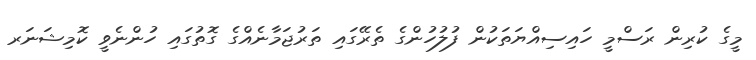
މީގެ ކުރިން ރަސްމީ ހައިސިއްޔަތަކުން ފުލުހުންގެ ތެރޭގައި ތަރުޖަމާނެއްގެ ގޮތުގައި ހުންނެވީ ކޮމިޝަނަރ